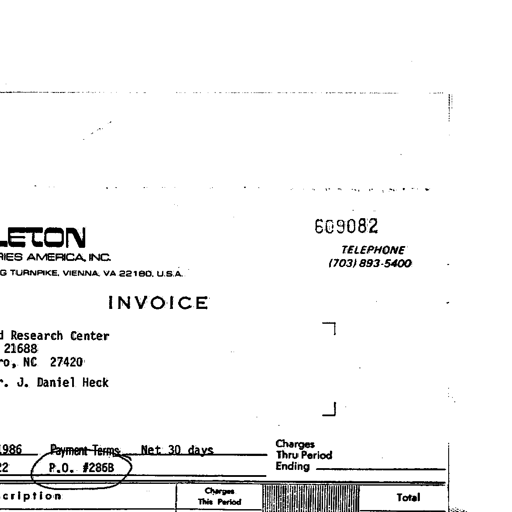
609082
LETON
TELEPHONE
RIES AMERICA, INC.
(703) 893-5400
G TURNPIKE, VIENNA, VA 22180, U.S.A.
INVOICE
Research Center
21688
o, NC 27420
. J. Daniel Heck
986
Payment Terms Net 30 days
Charges
Thru Period
Ending
22
P.O. #285B
cription
Charges
This Period
Total